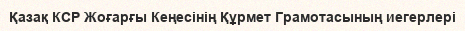
Қазақ КСР Жоғарғы Кеңесінің Құрмет Грамотасының иегерлері